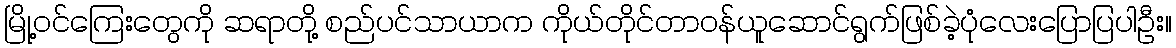
မြို့ဝင်ကြေးတွေကို ဆရာတို့ စည်ပင်သာယာက ကိုယ်တိုင်တာဝန်ယူဆောင်ရွက်ဖြစ်ခဲ့ပုံလေးပြောပြပါဦး။